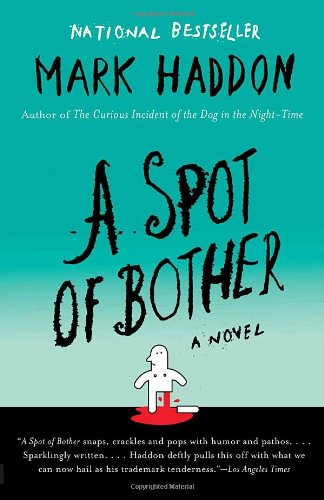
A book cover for A Spot of Bother; Mark Haddon; Literature & Fiction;